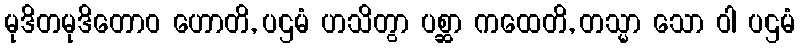
မုဒိတမုဒိတောဝ ဟောတိ, ပဌမံ ဟသိတွာ ပစ္ဆာ ကထေတိ, တသ္မာ သော ဝါ ပဌမံ